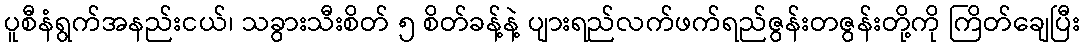
ပူစီနံရွက်အနည်းငယ်၊ သခွားသီးစိတ် ၅ စိတ်ခန့်နဲ့ ပျားရည်လက်ဖက်ရည်ဇွန်းတဇွန်းတို့ကို ကြိတ်ချေပြီး